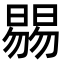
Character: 𣊷